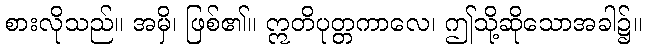
စားလိုသည်။ အမှိ၊ ဖြစ်၏။ ဣတိပုတ္တကာလေ၊ ဤသို့ဆိုသောအခါ၌။